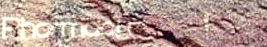
Pharmacy